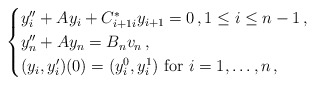
\begin{align*}\begin{cases}y_i^{\prime\prime} + A y_i +C_{i+1 i}^{\ast}y_{i+1}= 0 \,, 1 \le i \le n-1\,,\\y_{n}^{\prime\prime} + A y_{n} = B_n v_n\,,\\(y_i,y_i^{\prime})(0)=(y_i^0,y_i^1) \mbox{ for }i=1, \ldots, n \,,\end{cases}\end{align*}